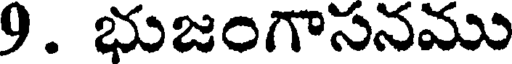
9. భుజంగాసనము